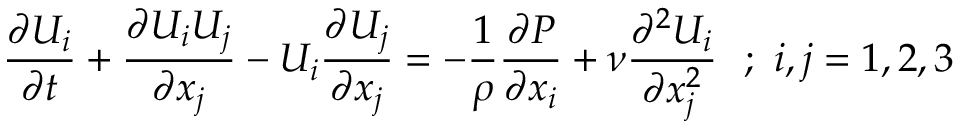
{ \frac { \partial U _ { i } } { \partial t } } + { \frac { \partial U _ { i } U _ { j } } { \partial x _ { j } } } - U _ { i } { \frac { \partial U _ { j } } { \partial x _ { j } } } = - { \frac { 1 } { \rho } } { \frac { \partial P } { \partial x _ { i } } } + \nu { \frac { \partial ^ { 2 } U _ { i } } { \partial x _ { j } ^ { 2 } } } ~ ~ ; ~ i , j = 1 , 2 , 3